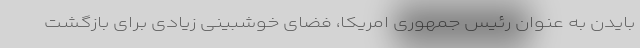
بایدن به عنوان رئیس جمهوری امریکا، فضای خوشبینی زیادی برای بازگشت